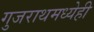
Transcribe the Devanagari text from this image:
गुजराथमध्येही